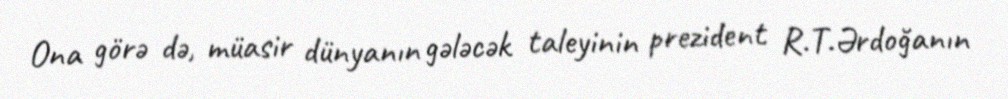
Ona görə də, müasir dünyanın gələcək taleyinin prezident R.T.Ərdoğanın